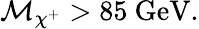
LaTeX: \mathcal{M}_{\chi^{+}}>85\mathrm{{~GeV}}.